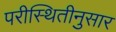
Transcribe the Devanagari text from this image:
परीस्थितीनुसार